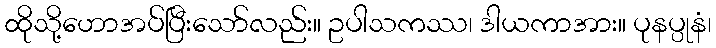
ထိုသို့ဟောအပ်ပြီးသော်လည်း။ ဥပါသကဿ၊ ဒါယကာအား။ ပုနပ္ပုနံ၊